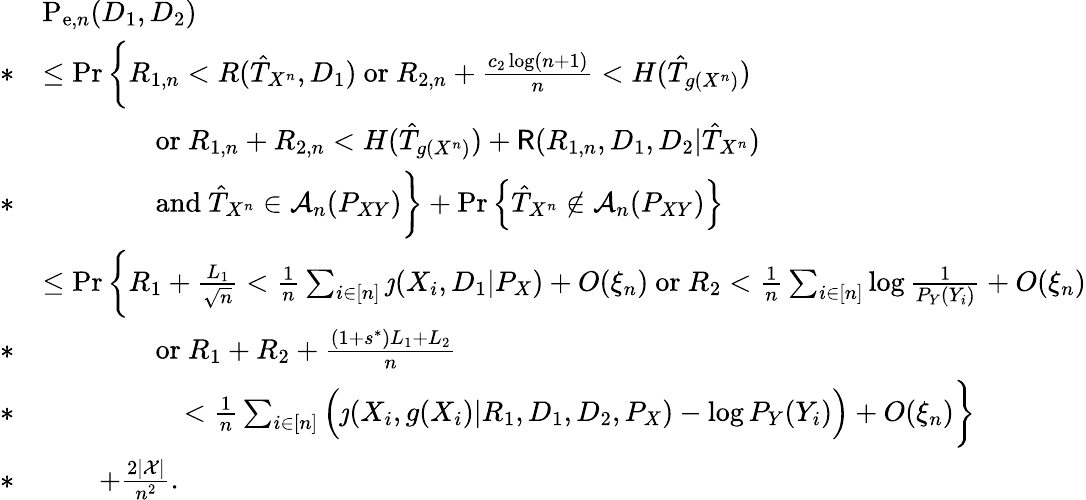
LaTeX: \begin{array}{rl}&{\mathrm{P}_{\mathrm{e},n}(D_{1},D_{2})}\\ {*}&{\leq\operatorname*{Pr}\bigg\{ R_{1,n}<R(\hat{T}_{X^{n}},D_{1})~\mathrm{or}~R_{2,n}+\frac{c_{2}\log(n+1)}{n}<H(\hat{T}_{g(X^{n})})}\\ &{\qquad\qquad\mathrm{or}~R_{1,n}+R_{2,n}<H(\hat{T}_{g(X^{n})})+\mathsf{R}(R_{1,n},D_{1},D_{2}|\hat{T}_{X^{n}})}\\ {*}&{\qquad\qquad\mathrm{and}~\hat{T}_{X^{n}}\in\mathcal{A}_{n}(P_{XY})\bigg\} +\operatorname*{Pr}\Big\{ \hat{T}_{X^{n}}\notin\mathcal{A}_{n}(P_{XY})\Big\} }\\ &{\leq\operatorname*{Pr}\bigg\{ R_{1}+\frac{L_{1}}{\sqrt{n}}<\frac{1}{n}\sum_{i\in[n]}\jmath(X_{i},D_{1}|P_{X})+O(\xi_{n})~\mathrm{or}~R_{2}<\frac{1}{n}\sum_{i\in[n]}\log\frac{1}{P_{Y}(Y_{i})}+O(\xi_{n})}\\ {*}&{\qquad\qquad\mathrm{or}~R_{1}+R_{2}+\frac{(1+s^{*})L_{1}+L_{2}}{n}}\\ {*}&{\qquad\qquad\quad<\frac{1}{n}\sum_{i\in[n]}\Big(\jmath(X_{i},g(X_{i})|R_{1},D_{1},D_{2},P_{X})-\log P_{Y}(Y_{i})\Big)+O(\xi_{n})\bigg\} }\\ {*}&{\qquad+\frac{2|\mathcal{X}|}{n^{2}}.}\end{array}